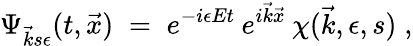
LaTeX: \Psi_{\vec{k}s\epsilon}(t,\vec{x})\; =\; e^{-i\epsilon Et}\: e^{i\vec{k}\vec{x}}\: \chi(\vec{k},\epsilon,s)\; ,